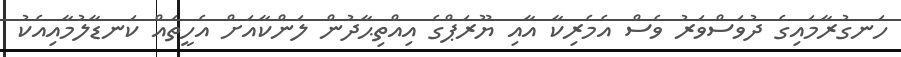
ހަނގުރާމައިގެ ދުވަސްވަރު ވެސް އެމެރިކާ އާއި ޔޫރަޕްގެ އިއްތިޙާދުން ލަންކާއަށް އެހީތައް ކަނޑާލުމާއިއެކު